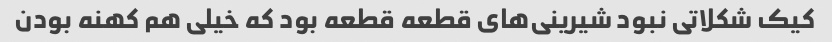
کیک شکلاتی نبود شیرینی‌های قطعه قطعه بود که خیلی هم کهنه بودن